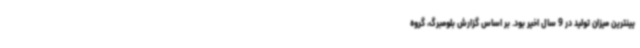
یینترین میزان تولید در 9 سال اخیر بود. بر اساس گزارش بلومبرگ، گروه